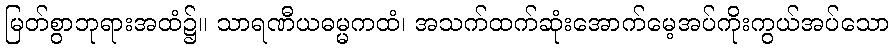
မြတ်စွာဘုရားအထံ၌။ သာရဏီယဓမ္မကထံ၊ အသက်ထက်ဆုံးအောက်မေ့အပ်ကိုးကွယ်အပ်သော